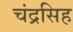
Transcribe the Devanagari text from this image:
चंद्रसिह